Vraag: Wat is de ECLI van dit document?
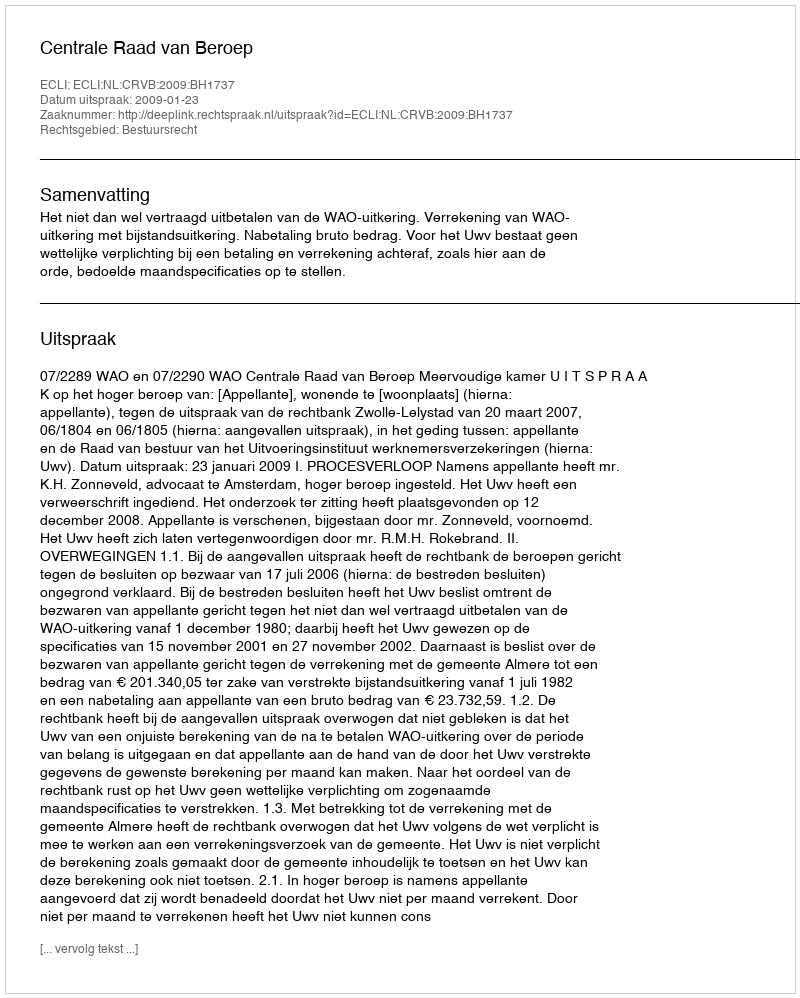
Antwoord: ECLI:NL:CRVB:2009:BH1737